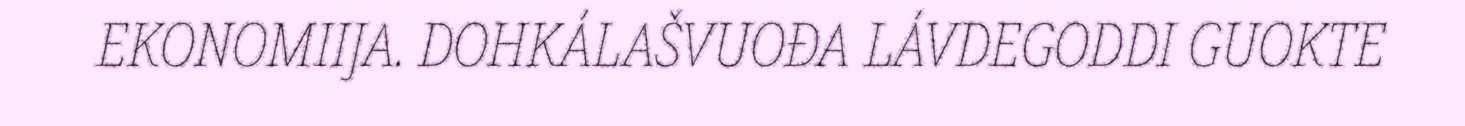
EKONOMIIJA. DOHKÁLAŠVUOĐA LÁVDEGODDI GUOKTE